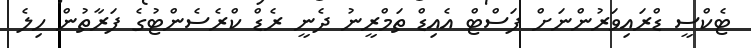
ޓެކްސީ ޑްރައިވަރުންނަށް ފަސްޓް އެއިޑް ތަމްރީނު ދެނީ ރެޑް ކްރެސެންޓުގެ ފަރާތުން ހިލެ